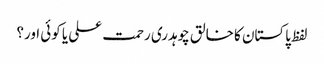
لفظ پاکستان کا خالق چوہدری رحمت علی یا کوئی اور؟